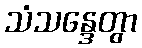
သံသန္ဒေတွာ